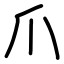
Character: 爪